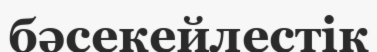
бәсекейлестік